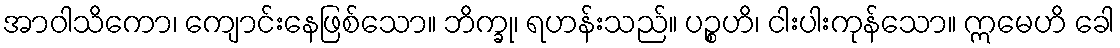
အာဝါသိကော၊ ကျောင်းနေဖြစ်သော။ ဘိက္ခု၊ ရဟန်းသည်။ ပဉ္စဟိ၊ ငါးပါးကုန်သော။ ဣမေဟိ ခေါ